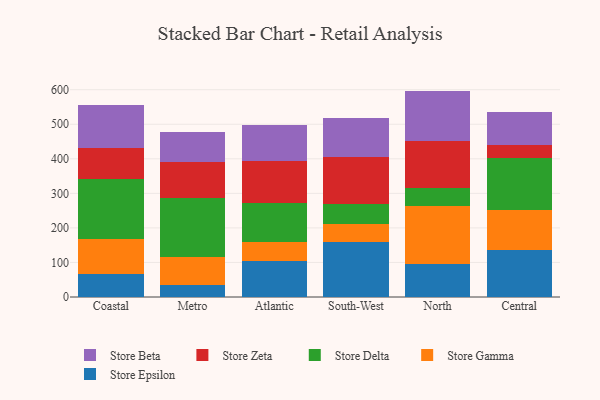
{"axis": {"x": "Region", "y": "LTV (USD)"}, "legend": ["Store Beta", "Store Delta", "Store Epsilon", "Store Gamma", "Store Zeta"], "data": [{"x": "Coastal", "y": 65.2, "type": "Store Epsilon"}, {"x": "Coastal", "y": 102.8, "type": "Store Gamma"}, {"x": "Coastal", "y": 173.7, "type": "Store Delta"}, {"x": "Coastal", "y": 90.9, "type": "Store Zeta"}, {"x": "Coastal", "y": 122.9, "type": "Store Beta"}, {"x": "Metro", "y": 34.5, "type": "Store Epsilon"}, {"x": "Metro", "y": 80.8, "type": "Store Gamma"}, {"x": "Metro", "y": 171.9, "type": "Store Delta"}, {"x": "Metro", "y": 103.0, "type": "Store Zeta"}, {"x": "Metro", "y": 86.7, "type": "Store Beta"}, {"x": "Atlantic", "y": 104.8, "type": "Store Epsilon"}, {"x": "Atlantic", "y": 55.1, "type": "Store Gamma"}, {"x": "Atlantic", "y": 112.1, "type": "Store Delta"}, {"x": "Atlantic", "y": 121.5, "type": "Store Zeta"}, {"x": "Atlantic", "y": 104.9, "type": "Store Beta"}, {"x": "South-West", "y": 159.2, "type": "Store Epsilon"}, {"x": "South-West", "y": 50.9, "type": "Store Gamma"}, {"x": "South-West", "y": 59.2, "type": "Store Delta"}, {"x": "South-West", "y": 134.7, "type": "Store Zeta"}, {"x": "South-West", "y": 112.9, "type": "Store Beta"}, {"x": "North", "y": 95.2, "type": "Store Epsilon"}, {"x": "North", "y": 168.6, "type": "Store Gamma"}, {"x": "North", "y": 51.7, "type": "Store Delta"}, {"x": "North", "y": 136.8, "type": "Store Zeta"}, {"x": "North", "y": 144.4, "type": "Store Beta"}, {"x": "Central", "y": 134.9, "type": "Store Epsilon"}, {"x": "Central", "y": 115.7, "type": "Store Gamma"}, {"x": "Central", "y": 152.6, "type": "Store Delta"}, {"x": "Central", "y": 35.7, "type": "Store Zeta"}, {"x": "Central", "y": 97.6, "type": "Store Beta"}]}